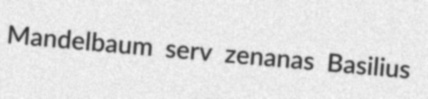
Mandelbaum serv zenanas Basilius